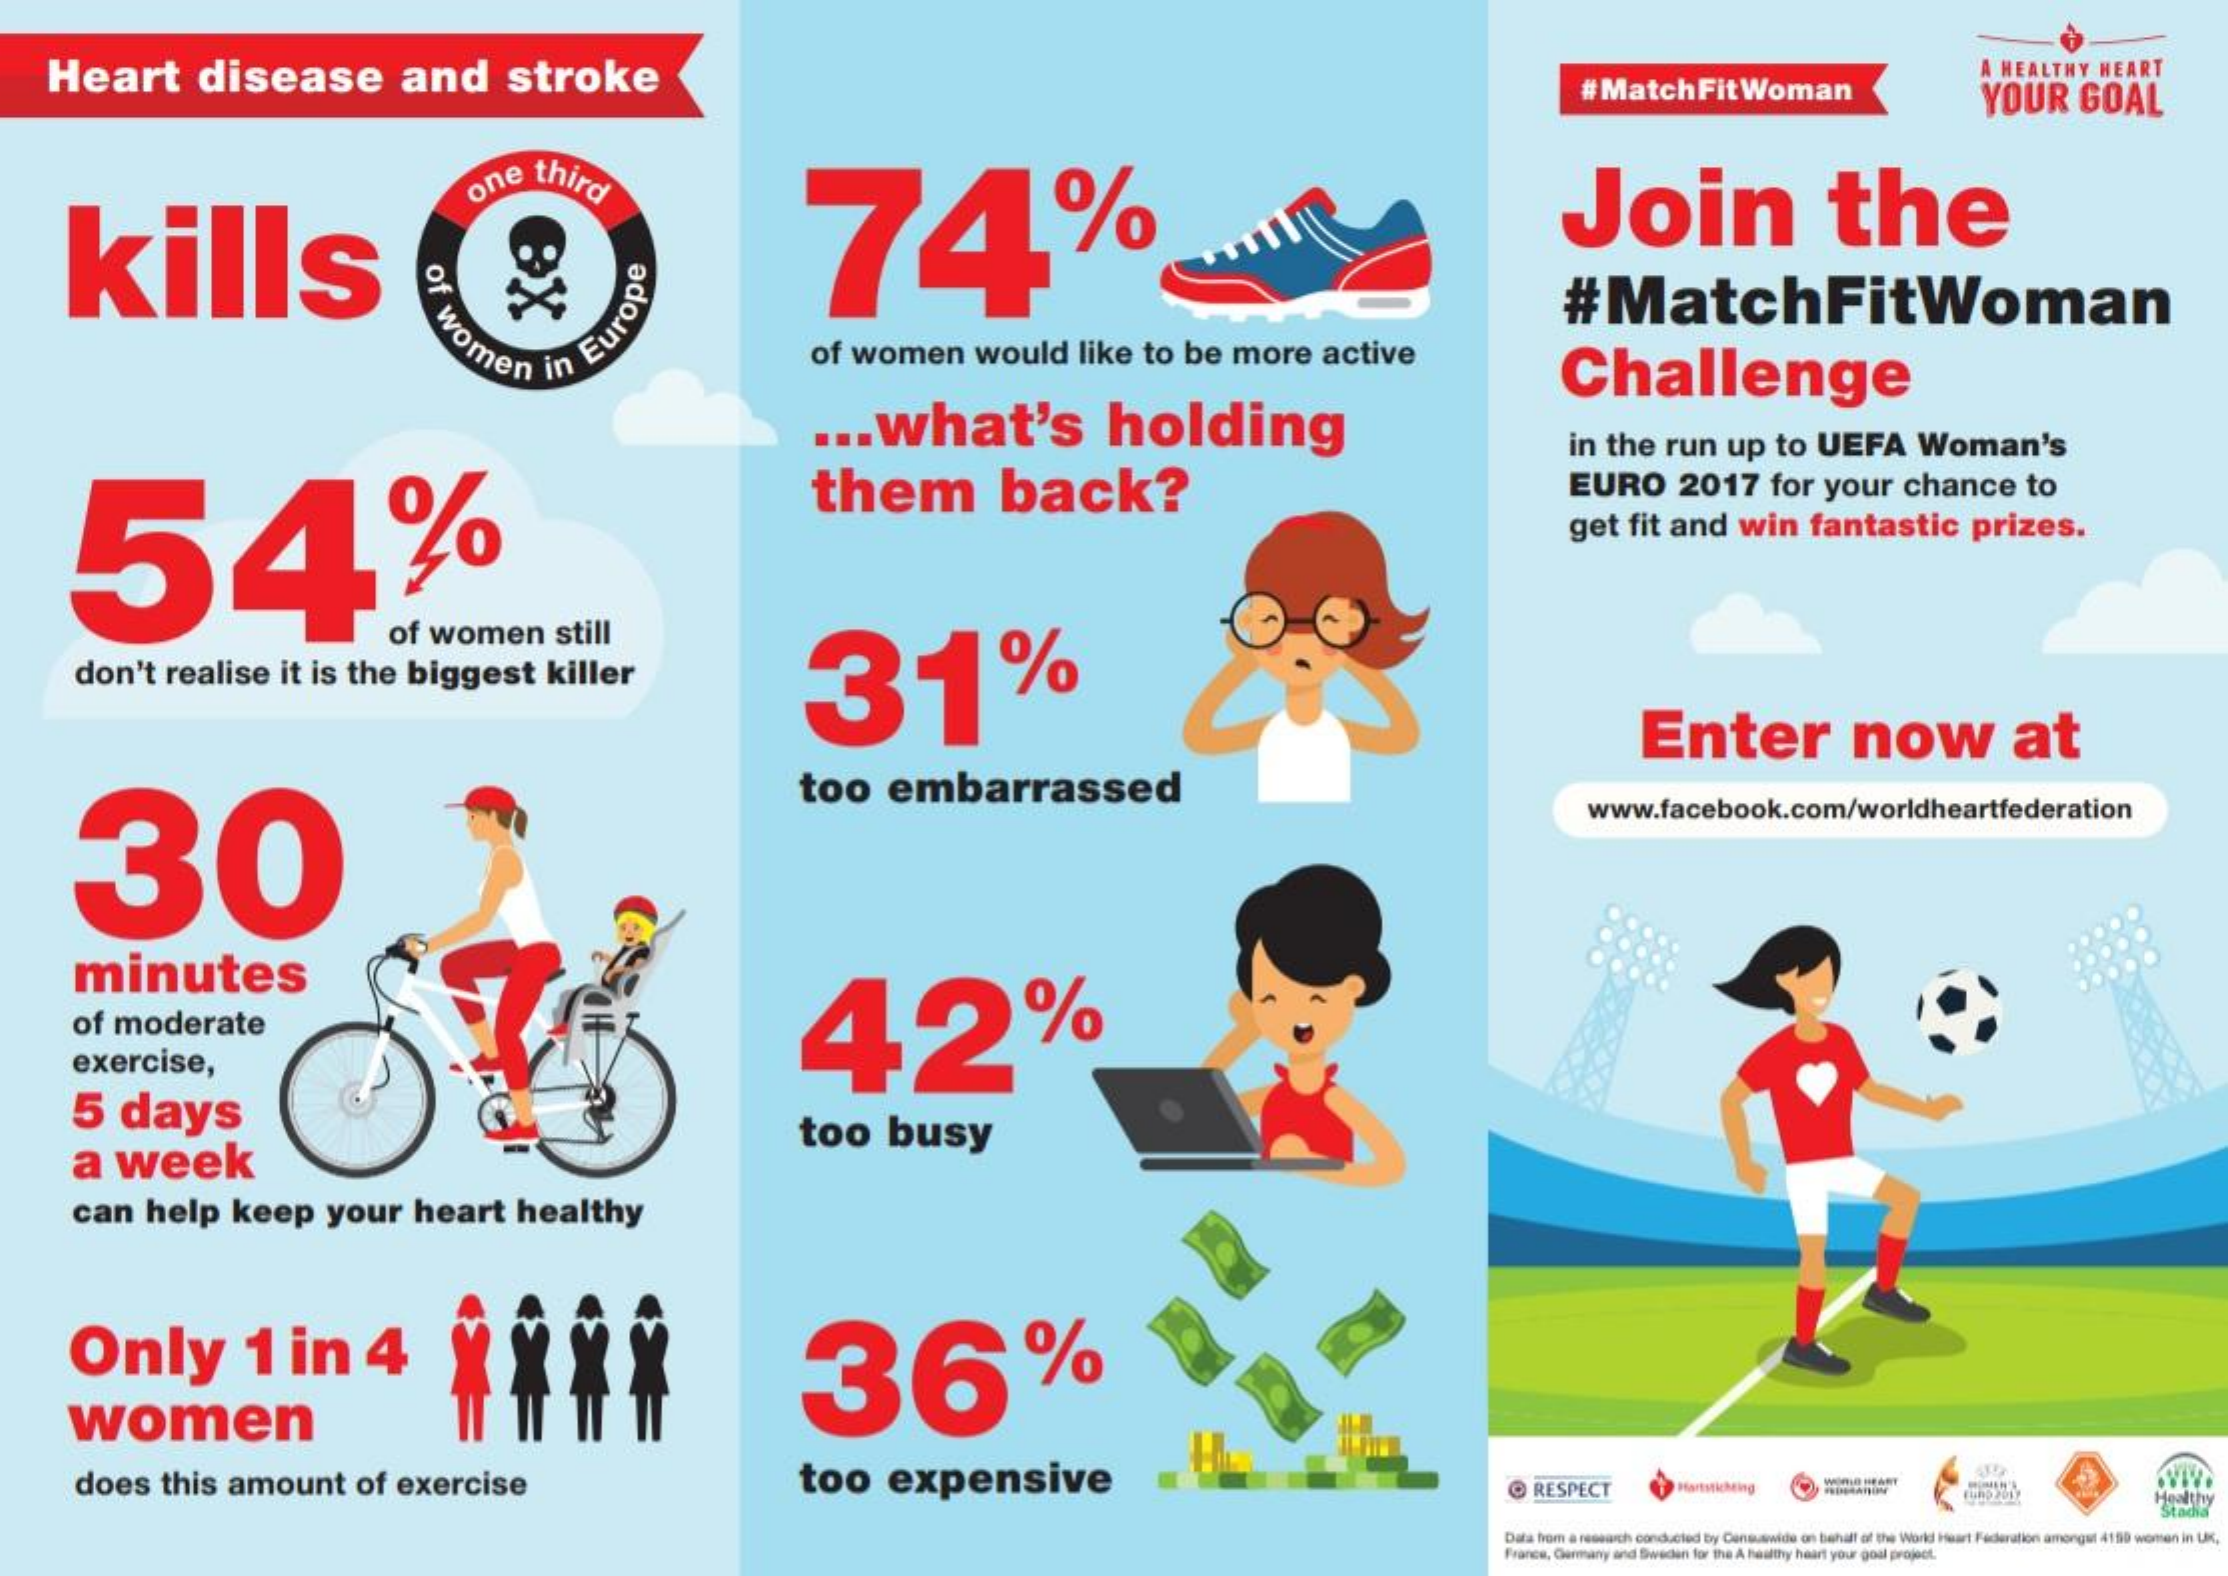
Heart    disease    and    stroke    #Match    Fit  Woman
     A HEALTHY    HEART
     YOUR    GOAL
     kills
     one    third
     74%    Join    the
     of
     women
     #MatchFitWoman
     of   women    would    like    to   be    more    active
     In
     Europe
     ...    what's    holding
     Challenge
     in   the    run    up    to   UEFA    Woman's
     54%
     them    back?    EURO    2017    for   your    chance    to
     get    fit   and    win    fantastic    prizes.
     of   women    still
     don't    realise    it  is   the    biggest    killer    31%
     Enter    now    at
     30
     too    embarrassed
     www.facebook.com/worldheartfederation
     minutes
     of   moderate    42%
     exercise,
     5    days
     a   week
     too    busy
     can    help    keep    your    heart    healthy
     Only    1    in    4    36%
     women
     does    this    amount    of   exercise    too    expensive    @ RESPECT    Hartstichting
     Healthy
     Stadia
     Data from a research conducted by Censuawide on behalf of the World Heart Federation amongst 4150 wonen in U.
     France, Germany and Sweden for the A healthy haart your god project.